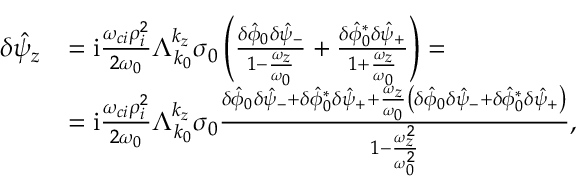
\begin{array} { r l } { \delta \hat { \psi } _ { z } } & { = \mathrm { i } \frac { \omega _ { c i } \rho _ { i } ^ { 2 } } { 2 \omega _ { 0 } } \Lambda _ { k _ { 0 } } ^ { k _ { z } } \sigma _ { 0 } \left( \frac { \delta \hat { \phi } _ { 0 } \delta \hat { \psi } _ { - } } { 1 - \frac { \omega _ { z } } { \omega _ { 0 } } } + \frac { \delta \hat { \phi } _ { 0 } ^ { * } \delta \hat { \psi } _ { + } } { 1 + \frac { \omega _ { z } } { \omega _ { 0 } } } \right) = } \\ & { = \mathrm { i } \frac { \omega _ { c i } \rho _ { i } ^ { 2 } } { 2 \omega _ { 0 } } \Lambda _ { k _ { 0 } } ^ { k _ { z } } \sigma _ { 0 } \frac { \delta \hat { \phi } _ { 0 } \delta \hat { \psi } _ { - } + \delta \hat { \phi } _ { 0 } ^ { * } \delta \hat { \psi } _ { + } + \frac { \omega _ { z } } { \omega _ { 0 } } \left( \delta \hat { \phi } _ { 0 } \delta \hat { \psi } _ { - } + \delta \hat { \phi } _ { 0 } ^ { * } \delta \hat { \psi } _ { + } \right) } { 1 - \frac { \omega _ { z } ^ { 2 } } { \omega _ { 0 } ^ { 2 } } } , } \end{array}